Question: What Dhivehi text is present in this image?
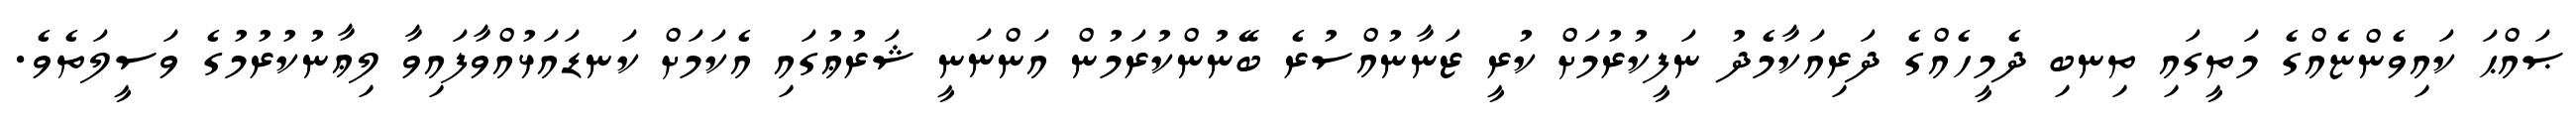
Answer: ޞައްޙަ ކައިވެންޏެއްގެ މަތީގައި ތިނބި ދެމީހެއްގެ ދަރިއަކާމެދު ނަފީކުރުމަށް ކުރީ ޒަނާނުއްސުރެ ބޭނުންކުރަމުން އަންނަނީ ޝަރުޢުގައި އެކަމަށް ކަނޑައަޅުއްވާފައިވާ ލިޢާނުކުރުމުގެ ވަސީލަތެވެ.